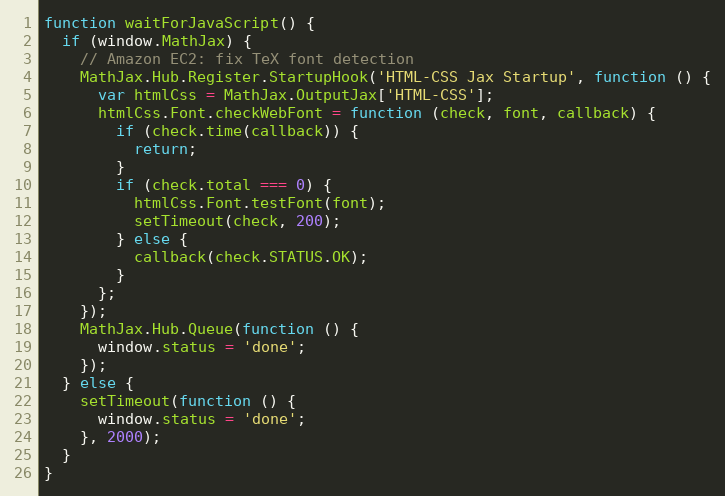
Language: JavaScript
function waitForJavaScript() {
  if (window.MathJax) {
    // Amazon EC2: fix TeX font detection
    MathJax.Hub.Register.StartupHook('HTML-CSS Jax Startup', function () {
      var htmlCss = MathJax.OutputJax['HTML-CSS'];
      htmlCss.Font.checkWebFont = function (check, font, callback) {
        if (check.time(callback)) {
          return;
        }
        if (check.total === 0) {
          htmlCss.Font.testFont(font);
          setTimeout(check, 200);
        } else {
          callback(check.STATUS.OK);
        }
      };
    });
    MathJax.Hub.Queue(function () {
      window.status = 'done';
    });
  } else {
    setTimeout(function () {
      window.status = 'done';
    }, 2000);
  }
}